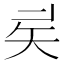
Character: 𥎨